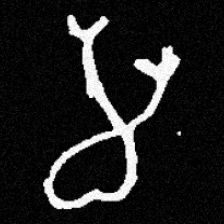
Pyu character \u2014 Myanmar letter: မ (romanized: ma)